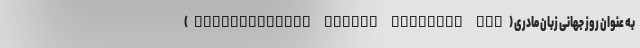
به عنوان روز جهانی زبان مادری (International Mother Language Day)